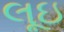
લૂઇ